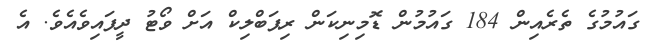
ގައުމުގެ ތެރެއިން 184 ގައުމުން ޑޮމިނިކަން ރިޕަބްލިކް އަށް ވޯޓު ދީފައިވެއެވެ. އެ